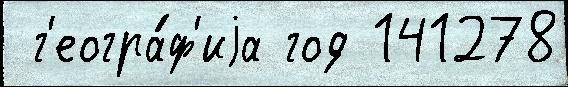
 г'еогра́ф'иjа год 141278